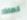
لماذا